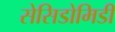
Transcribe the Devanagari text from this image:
सेसिडोमिडी